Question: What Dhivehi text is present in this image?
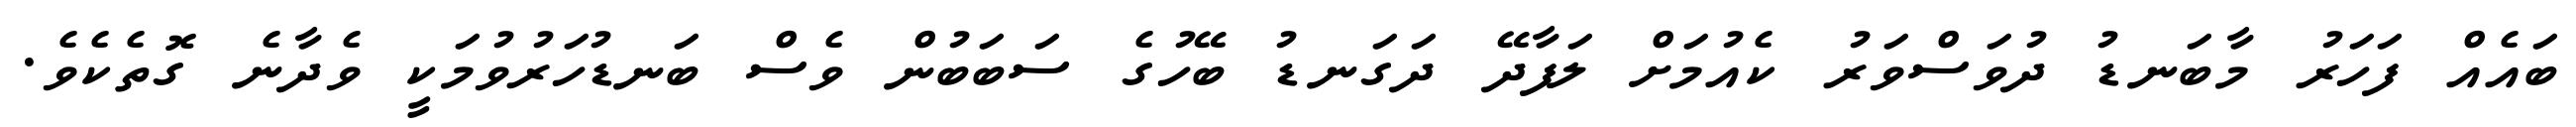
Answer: ބައެއް ފަހަރު މާބަނޑު ދުވަސްވަރު ކެއުމަށް ލަފާދޭ ދަގަނޑު ބޭހުގެ ސަބަބުން ވެސް ބަނޑުހަރުވުމަކީ ވެދާނެ ގޮތެކެވެ.